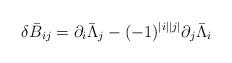
LaTeX: \begin{align*}\delta\bar{B}_{ij}=\partial_{i}\bar{\Lambda}_{j}-(-1)^{|i||j|}\partial_{j}\bar{\Lambda}_{i}\end{align*}